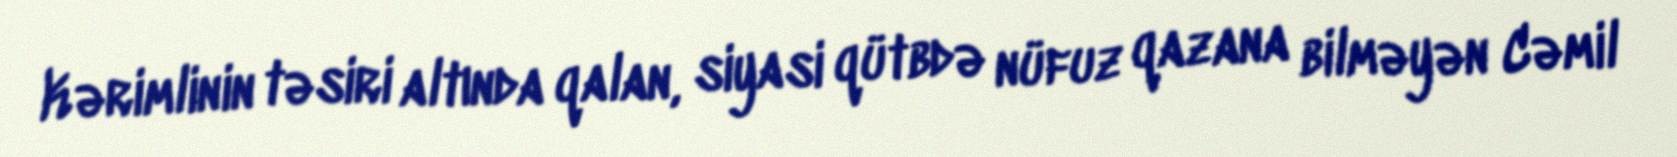
Kərimlinin təsiri altında qalan, siyasi qütbdə nüfuz qazana bilməyən Cəmil